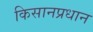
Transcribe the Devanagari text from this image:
किसानप्रधान